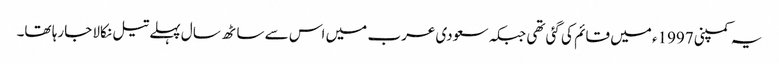
یہ کمپنی 1997ء میں قائم کی گئی تھی جبکہ سعودی عرب میں اس سے ساٹھ سال پہلے تیل نکالا جارہا تھا۔